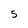
Character: 5